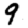
Digit: 9